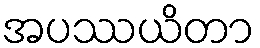
အပဿယိတာ